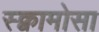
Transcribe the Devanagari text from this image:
स्क्वामोसा